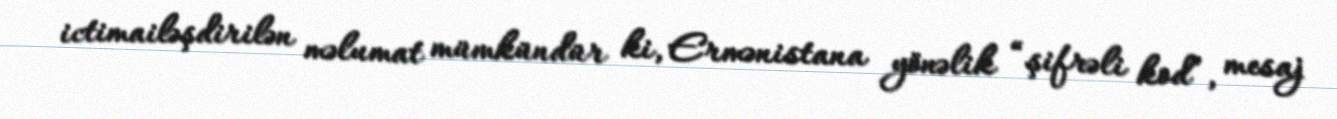
ictimailəşdirilən məlumat mümkündür ki, Ermənistana yönəlik “şifrəli kod”, mesaj